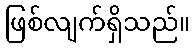
ဖြစ်လျက်ရှိသည်။